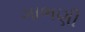
ગાભણી